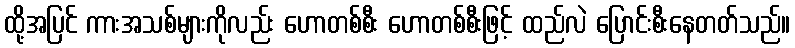
ထို့အပြင် ကားအသစ်များကိုလည်း ဟောတစ်စီး ဟောတစ်စီးဖြင့် ထည်လဲ ပြောင်းစီးနေတတ်သည်။